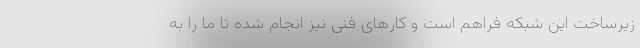
زیرساخت این شبکه فراهم است و کارهای فنی نیز انجام شده تا ما را به